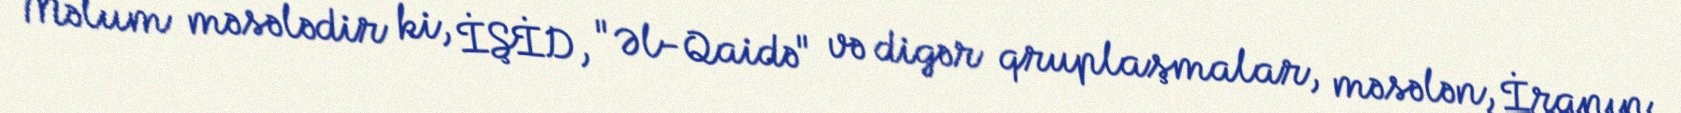
Məlum məsələdir ki, İŞİD, "Əl-Qaidə" və digər qruplaşmalar, məsələn, İranın